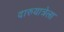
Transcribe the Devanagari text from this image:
दारुयात्रेला